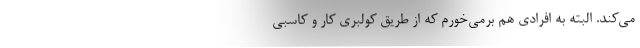
مي‌كند. البته به افرادي هم برمي‌خورم كه از طريق كولبري كار و كاسبي